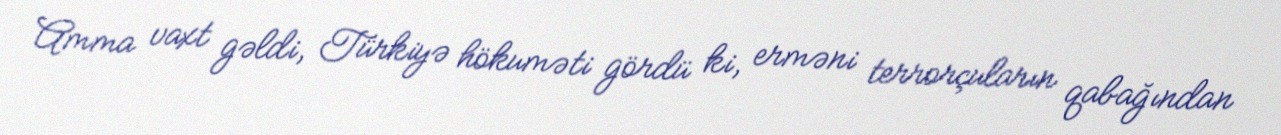
Amma vaxt gəldi, Türkiyə hökuməti gördü ki, erməni terrorçuların qabağından